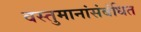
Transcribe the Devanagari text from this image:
वस्तुमानांसंबंधित